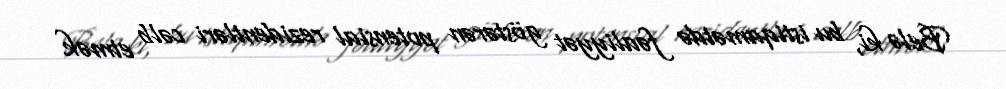
Belə ki, bu istiqamətdə fəaliyyət göstərən potensial rezidentləri cəlb etmək